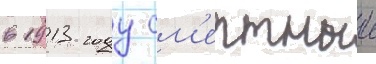
в 1913 году см'ертныи